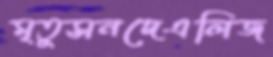
মৃতুসনদেএলিজ